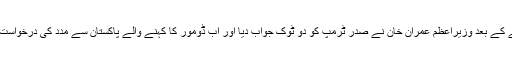
اقتدار میں آنے کے بعد وزیراعظم عمران خان نے صدر ٹرمپ کو دو ٹوک جواب دیا اور اب ڈومور کا کہنے والے پاکستان سے مدد کی درخواست کررہے ہیں۔